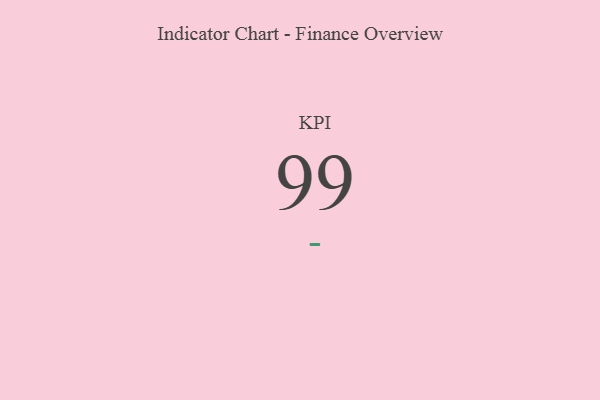
{"axis": {"x": "KPI", "y": "Value"}, "legend": [""], "data": [{"x": "KPI", "y": 99, "type": ""}]}